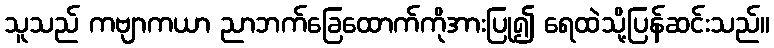
သူသည် ကဗျာကယာ ညာဘက်ခြေထောက်ကိုအားပြု၍ ရေထဲသို့ပြန်ဆင်းသည်။